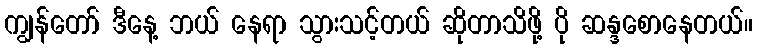
ကျွန်တော် ဒီနေ့ ဘယ် နေရာ သွားသင့်တယ် ဆိုတာသိဖို့ ပို ဆန္ဒစောနေတယ်။